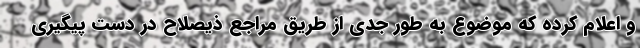
و اعلام کرده که موضوع به طور جدی از طریق مراجع ذیصلاح در دست پیگیری